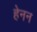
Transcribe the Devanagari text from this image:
हेनन